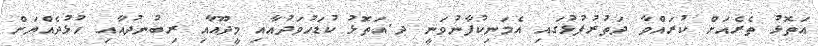
އަތޮޅު ތެރެއަށް ކުރައްވާ ދަތުރުފުޅުގައި އެމަނިކުފާނުވަނީ ދ.އަތޮޅު ކުޑަހުވަދުއާއި މީދޫއާއި ރިބުނދުއާއި ހުޅުދެއްޔަށް